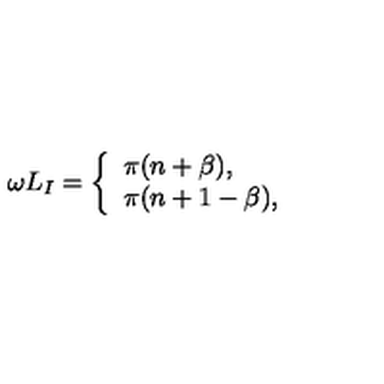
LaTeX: \omega L _ { I } = \left\{ \begin{array} { l l } { \pi ( n + \beta ) , } \\ { \pi ( n + 1 - \beta ) , } \\ \end{array} \right.